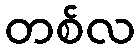
တစ်လ